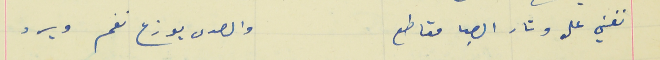
تغني على وتار الصبا مقاطع                                     والصدى يوزع نغم ويرد